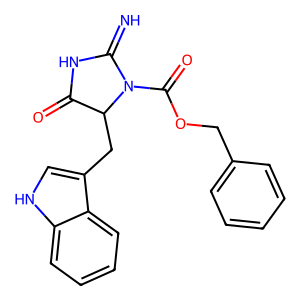
SMILES: N=C1NC(=O)C(Cc2c[nH]c3ccccc23)N1C(=O)OCc1ccccc1
Inhibits HIV replication: No